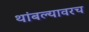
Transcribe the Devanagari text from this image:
थांबल्यावरच